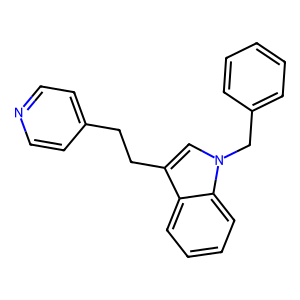
SMILES: c1ccc(Cn2cc(CCc3ccncc3)c3ccccc32)cc1
Inhibits HIV replication: No